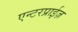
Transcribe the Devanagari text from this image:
एन्टरप्राईज़